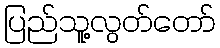
ပြည်သူ့လွတ်တော်